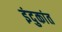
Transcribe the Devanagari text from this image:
इंदुकांत